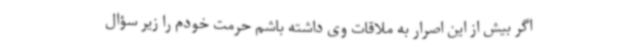
اگر بیش از این اصرار به ملاقات وی داشته باشم حرمت خودم را زیر سؤال